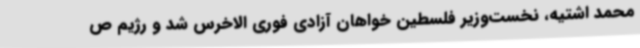
محمد اشتیه، نخست‌وزیر فلسطین خواهان آزادی فوری الاخرس شد و رژیم ص